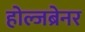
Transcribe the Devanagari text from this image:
होल्जब्रेनर